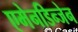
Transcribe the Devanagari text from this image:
एमेनडिन्जेन